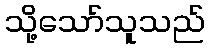
သို့သော်သူသည်